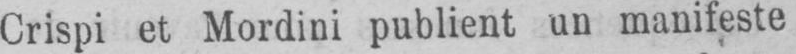
Crispi et Mordini publient un manifeste